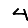
Digit: 4